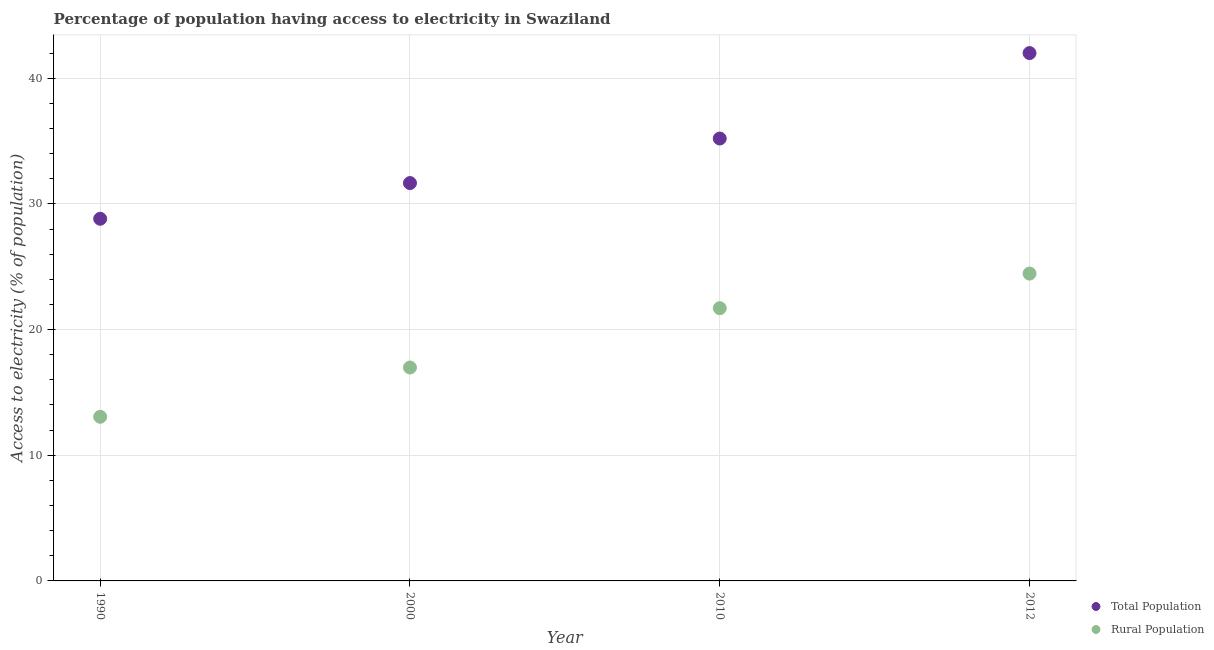
| Year | Total Population | Rural Population |
 | --- | --- | --- |
 | 1990 | 28.8 | 13.1 |
 | 2000 | 31.7 | 17 |
 | 2010 | 35.2 | 21.7 |
 | 2012 | 42 | 24.5 |